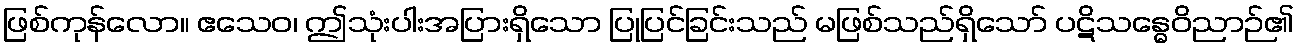
ဖြစ်ကုန်လော။ ဧသေဝ၊ ဤသုံးပါးအပြားရှိသော ပြုပြင်ခြင်းသည် မဖြစ်သည်ရှိသော် ပဋိသန္ဓေဝိညာဉ်၏